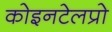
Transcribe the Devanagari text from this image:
कोइनटेलप्रो